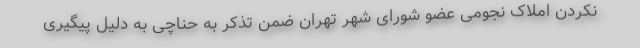
نکردن املاک نجومی عضو شورای شهر تهران ضمن تذکر به حناچی به دلیل پیگیری